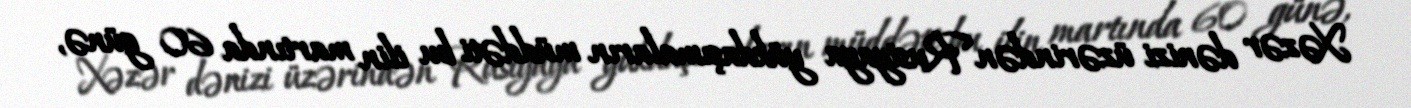
Xəzər dənizi üzərindən Rusiyaya yükdaşımaların müddəti bu ilin martında 60 günə,